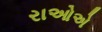
રાઓએ